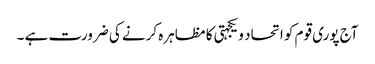
آج پوری قوم کو اتحاد و یکجہتی کا مظاہرہ کرنے کی ضرورت ہے ۔